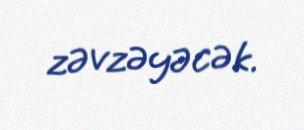
zəvzəyəcək.